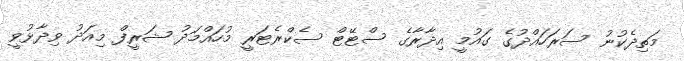
މަތިދެކުނު ސަރަހައްދުގެ ގައުމީ އިދާރާގެ ސްޓޭޓް ސެކްރެޓަރީ މުހައްމަދު ޝަރީފް މިއަދު ވިދާޅުވީ